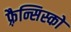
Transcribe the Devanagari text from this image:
फ़्रैन्सिस्को